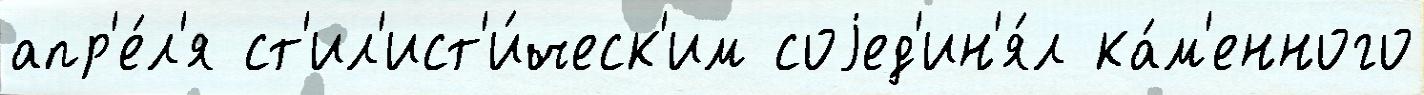
апр'е́л'я ст'ил'ист'и́ческ'им соjед'ин'я́л ка́м'енного